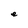
Character: e